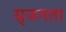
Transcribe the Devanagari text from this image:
सृजनता